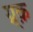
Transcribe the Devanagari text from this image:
ग्र्क़